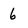
Character: 6